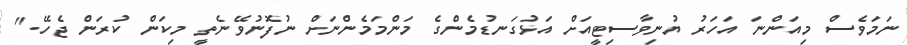
ނަމަވެސް މިއަންނަ އަހަރު ޔުނިވާސިޓީއަށް އަޅުގަނޑުމެންގެ މަންމަމެންނަށް ނުފޮނުވޭނެތީ މިކަން ކުރަން ޖެހޭ."